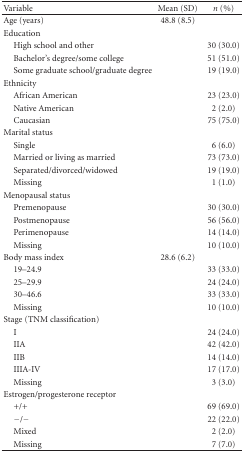
<table><thead><tr><td><b>Variable</b></td><td><b>Mean (SD)</b></td><td><b><i>n</i> (%)</b></td></tr></thead><tbody><tr><td>Age (years) </td><td>48.8 (8.5)</td><td> </td></tr><tr><td>Education</td><td> </td><td> </td></tr><tr><td> High school and other</td><td> </td><td>30 (30.0)</td></tr><tr><td> Bachelor&#x27;s degree/some college </td><td> </td><td>51 (51.0)</td></tr><tr><td> Some graduate school/graduate degree</td><td> </td><td>19 (19.0)</td></tr><tr><td>Ethnicity</td><td> </td><td> </td></tr><tr><td> African American</td><td> </td><td>23 (23.0)</td></tr><tr><td> Native American</td><td> </td><td>2 (2.0)</td></tr><tr><td> Caucasian</td><td> </td><td>75 (75.0)</td></tr><tr><td>Marital status</td><td> </td><td> </td></tr><tr><td> Single</td><td> </td><td>6 (6.0)</td></tr><tr><td> Married or living as married</td><td> </td><td>73 (73.0)</td></tr><tr><td> Separated/divorced/widowed</td><td> </td><td>19 (19.0)</td></tr><tr><td> Missing</td><td> </td><td>1 (1.0)</td></tr><tr><td>Menopausal status</td><td> </td><td> </td></tr><tr><td> Premenopause</td><td> </td><td>30 (30.0)</td></tr><tr><td> Postmenopause</td><td> </td><td>56 (56.0)</td></tr><tr><td> Perimenopause</td><td> </td><td>14 (14.0)</td></tr><tr><td> Missing</td><td> </td><td>10 (10.0)</td></tr><tr><td>Body mass index</td><td>28.6 (6.2)</td><td> </td></tr><tr><td> 19–24.9</td><td> </td><td>33 (33.0)</td></tr><tr><td> 25–29.9</td><td> </td><td>24 (24.0)</td></tr><tr><td> 30–46.6</td><td> </td><td>33 (33.0)</td></tr><tr><td> Missing</td><td> </td><td>10 (10.0)</td></tr><tr><td>Stage (TNM classification)</td><td> </td><td> </td></tr><tr><td> I</td><td> </td><td>24 (24.0)</td></tr><tr><td> IIA </td><td> </td><td>42 (42.0)</td></tr><tr><td> IIB</td><td> </td><td>14 (14.0)</td></tr><tr><td> IIIA-IV</td><td> </td><td>17 (17.0)</td></tr><tr><td> Missing</td><td> </td><td>3 (3.0)</td></tr><tr><td>Estrogen/progesterone receptor </td><td> </td><td> </td></tr><tr><td> +/+</td><td> </td><td>69 (69.0)</td></tr><tr><td> −/−</td><td> </td><td>22 (22.0)</td></tr><tr><td> Mixed</td><td> </td><td>2 (2.0)</td></tr><tr><td> Missing</td><td> </td><td>7 (7.0)</td></tr></tbody></table>